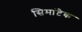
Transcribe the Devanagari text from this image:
सिमांटेक